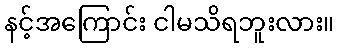
နင့်အကြောင်း ငါမသိရဘူးလား။